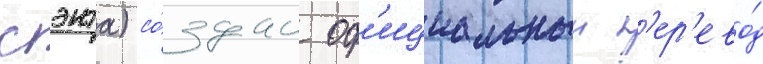
сэнта) со́здан оф'ициальныи п'ер'ево́д